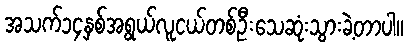
အသက်၁၄နှစ်အရွယ်လူငယ်တစ်ဦးသေဆုံးသွားခဲ့တာပါ။